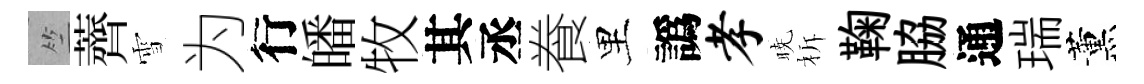
竺薺雪为行皤牧其丞飬里譌孝暁柝鞠脇通瑞薰